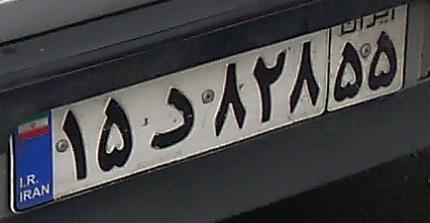
۱۵د۸۲۸۵۵